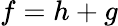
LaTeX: f=h+g